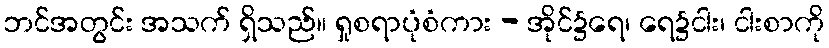
ဘင်အတွင်း အသက် ရှိသည်။ ရှုစရာပုံစံကား - အိုင်၌ရေ၊ ရေ၌ငါး၊ ငါးစာကို